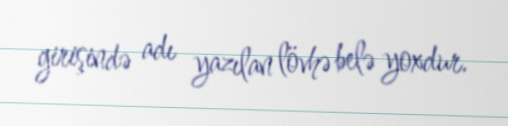
girişində adı yazılan lövhə belə yoxdur.